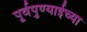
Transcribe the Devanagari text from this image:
पूर्वपुण्याईच्या